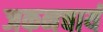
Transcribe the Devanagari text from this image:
जकनचार्य